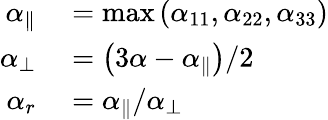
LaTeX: \begin{array}{rl}{\alpha_{\parallel}}&{{}=\operatorname*{max}\left(\alpha_{11},\alpha_{22},\alpha_{33}\right)}\\ {\alpha_{\perp}}&{{}=\left(3\alpha-\alpha_{\parallel}\right)/2}\\ {\alpha_{r}}&{{}=\alpha_{\parallel}/\alpha_{\perp}}\end{array}